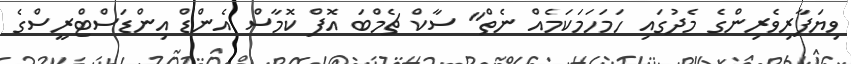
ވިޔަފާރިވެރިންގެ މެދުގައި ހަމަހަމަކަމެއް ނެތް" ސާކް ޗެމްބަ އޮފް ކޮމާސް އެންޑް އިންޑަސްޓްރީސްގެ